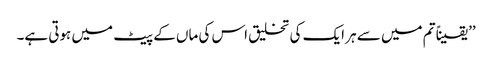
’’یقیناً تم میں سے ہر ایک کی تخلیق اس کی ماں کے پیٹ میں ہوتی ہے۔